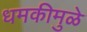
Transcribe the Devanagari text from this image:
धमकीमुळे